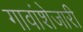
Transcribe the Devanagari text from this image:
गावांशेजारी